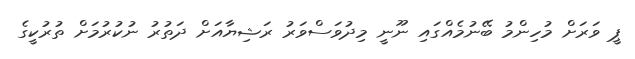
ޕީ ވަރަށް މުހިންމު ބޭނުމެއްގައި ނޫނީ މިދުވަސްވަރު ރަޝިޔާއަށް ދަތުރު ނުކުރުމަށް ތުރުކީގެ